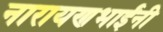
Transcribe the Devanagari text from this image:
नारायणभाईंनी